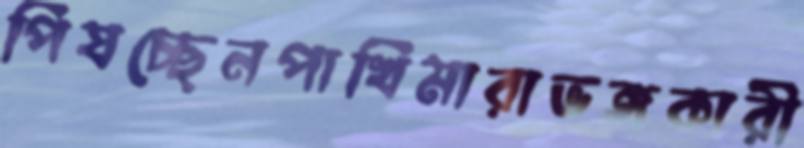
পিষচ্ছেনপাখিমারাভঙ্গকারী